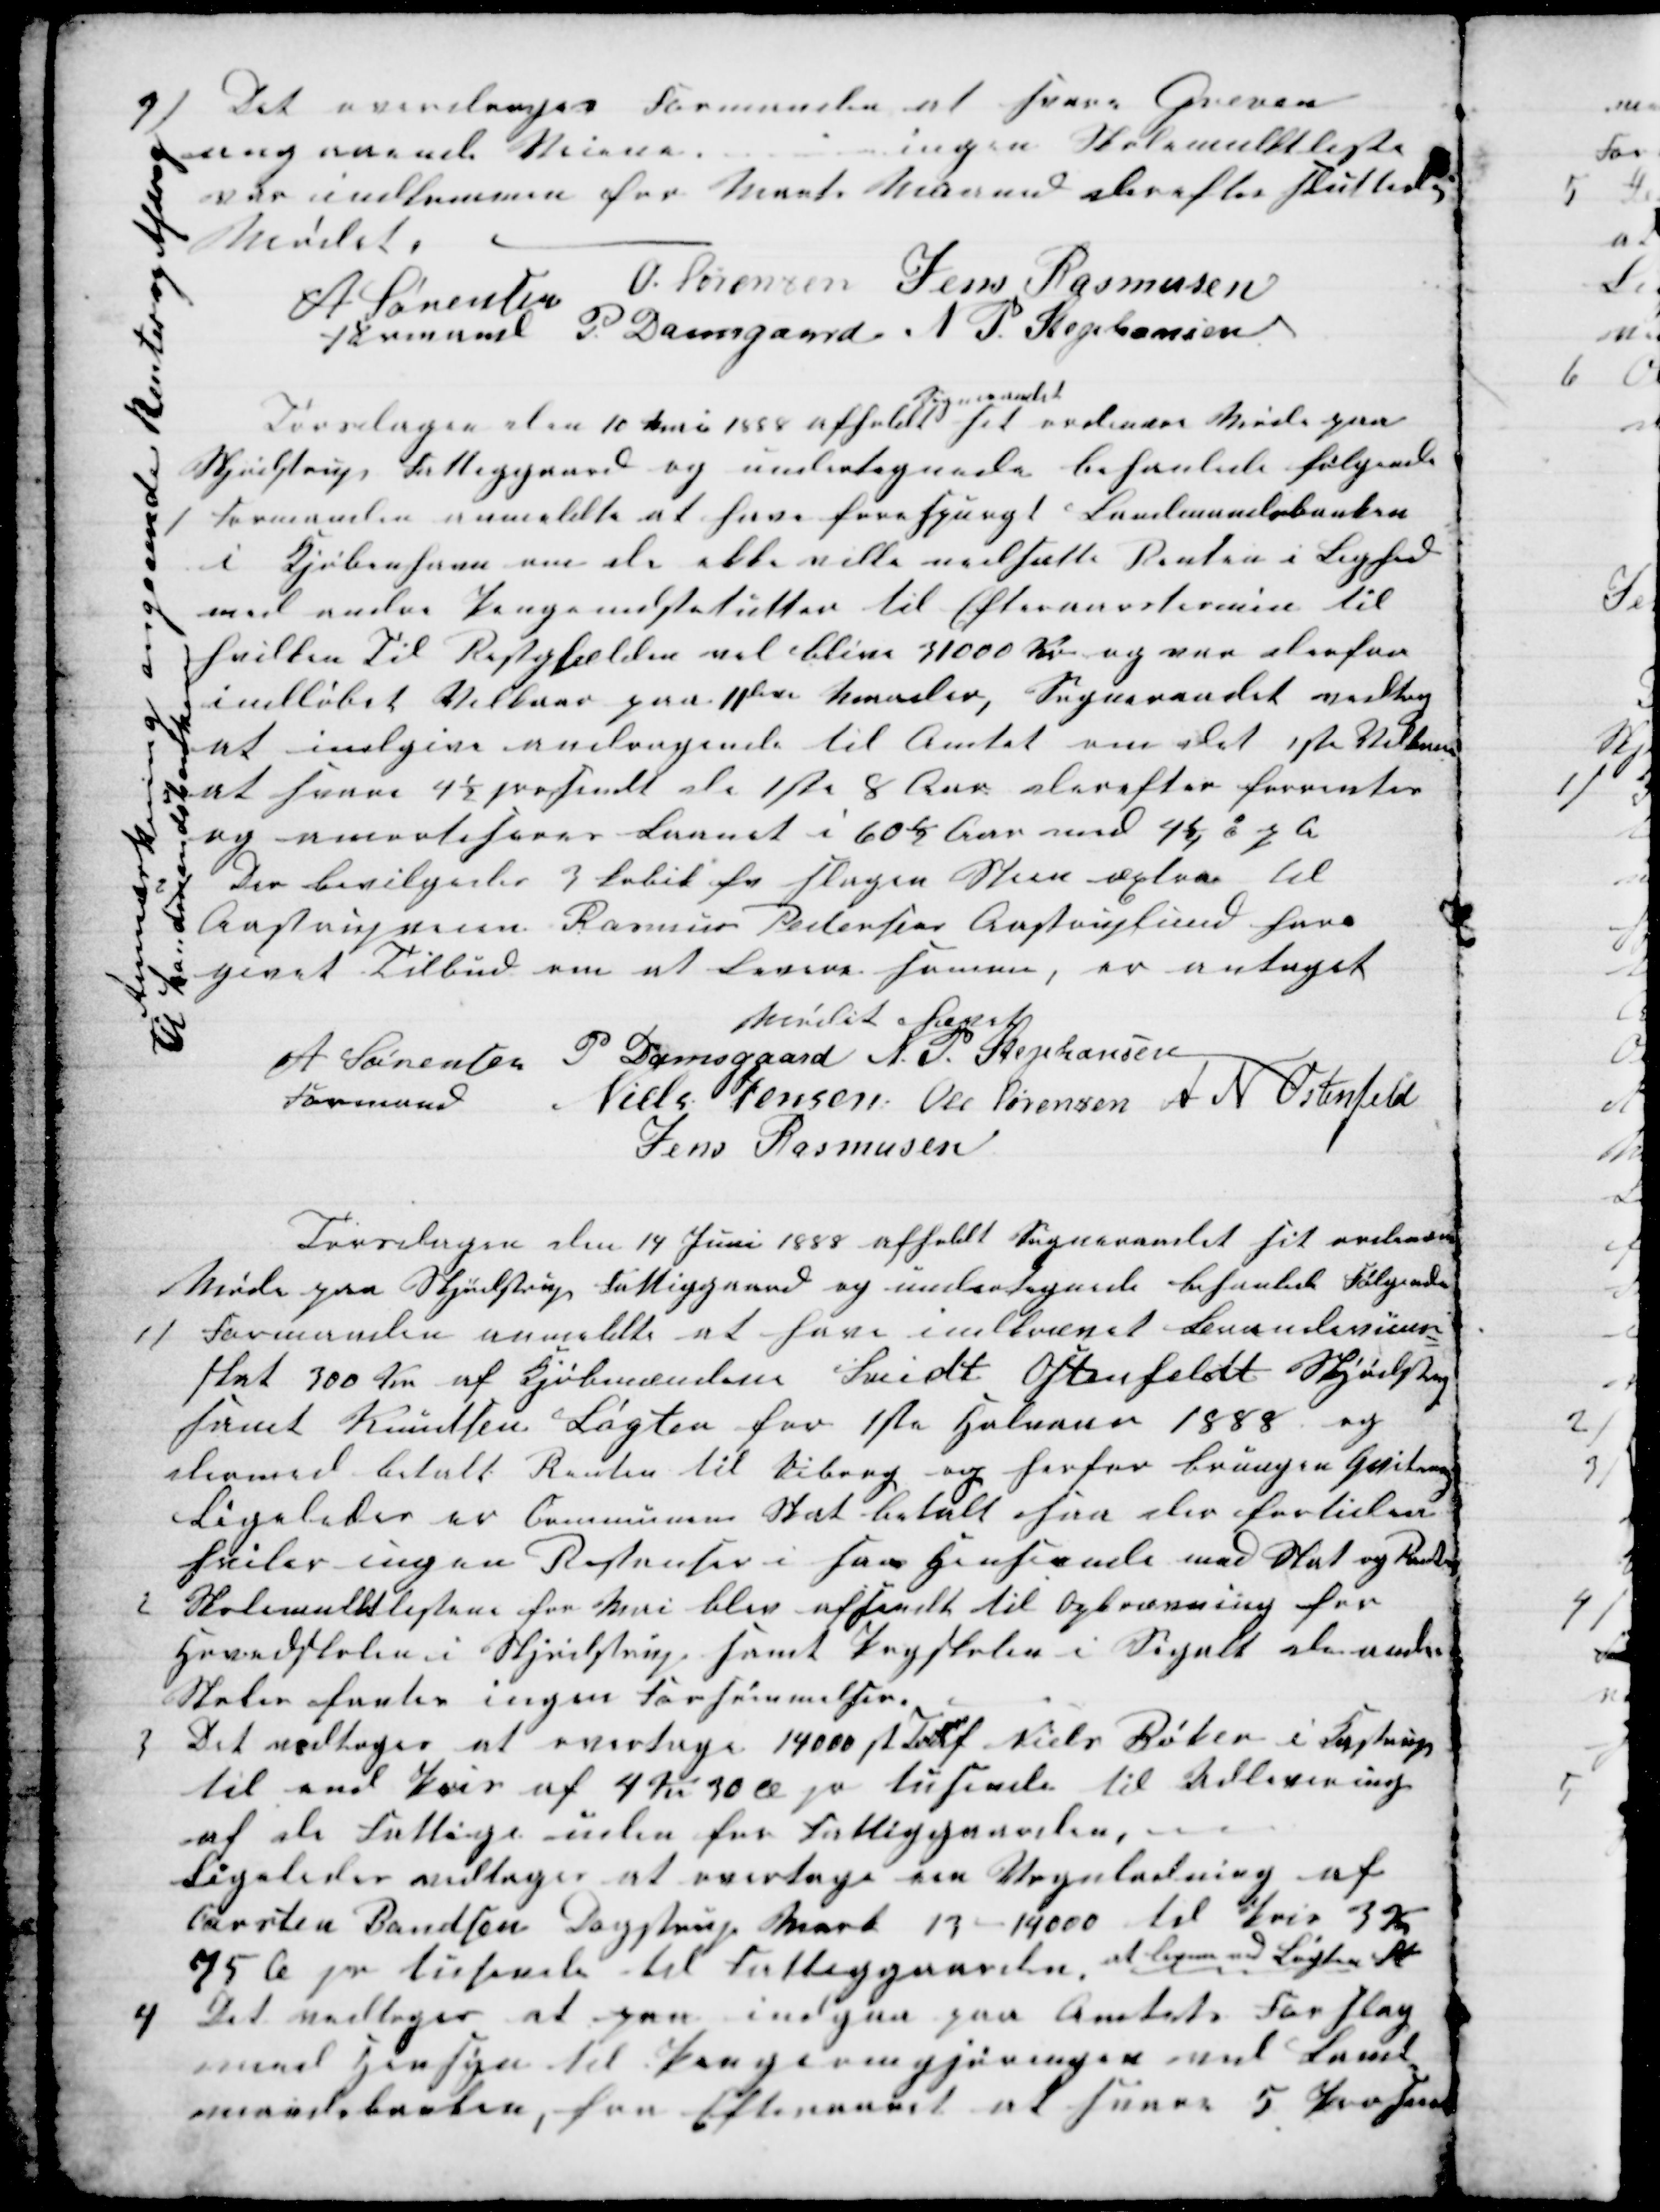
Transskription:
4) Det overdroges Formanden at svare Greven
angaaende Veiene
ingen Skolemulktliste
var indkommen for Marts Maaned derefter sluttede
Mødet
A Sørensen
Formand
O. Sørensen Jens Rasmusen
P. Damsgaard N P. Stephansen
Torsdagen den 10 Mai 1888 afholdt 
Sogneraadet
sit ordinære Møde paa
Skjødstrup Fattiggaard og undertegnende behanlede følgende
1 Formanden anmeldte at have forespurgt Landmandsbanken
i Kjøbenhavn om de ikke ville nedsætte Renten i Lighed
med andre Pengeinstitutter til Efteraarstermin til
hvilken Til Restgjælden vil blive 31000 Kr og var derfor
indløbet Vilkaar paa 11leve Maaneder, Sogneraadet vedtog
at indgive andragende til Amtet om det 1ste Vilkaar
at svare 4½ prosendt de 1ste 8 Aar. derefter forventes
og amortiseres Laanet i 60½ Aar med 4¼ % p A
2) Der bevilgedes 3 Kubik fv Slagen Steen æxtra til
Aastrupveien Rasmus Pedersen Aastruplund har
givet Tilbud om at levere samme, er antaget
Anmærkning angaaende Renter og Afdrag
Til Landmandsbanken
Mødet hævet
A Sørensen 
Formand
P. Damsgaard N. P. Stephansen
Niels Jensen Ole Sørensen A N Ostensfeld
Jens Rasmusen
Torsdagen den 14 Juni 1888 afholdt Sogneraadet sit ordinære
Møde fra Skjødstrup Fattiggaard og undertegnede behanlede Følgende
1) Formanden anmeldte at have indkrævet Brændevins-
skat 300 Kr. af Kjøbmændene Svidt Ostenfeldt Skjødstrup
samt Knudsen Løgten for 1ste Halvaar 1888 og
dermed betalt Renten til Viborg og herfor brungen Quitering
Ligeledes er Communens Skat betalt saa der fortiden
hviler ingen Restanser i saa Henseende med Skat og Renter
2 Skolemulklistene for Mai blev afsendt til Opkrævning hos
Grundskolen i Skjødstrup samt Pogskolen i Segalt de andre
Skoler fantes ingen Forsømmelser.
3 Det vedtoges at overtage 14000 st T af Niels Bøker i Kastrup
til end Pris af 4 Kr 30 Ø pr tusinde til Udlevering
af de Fattige uden for Fattiggaarden,
Ligeledes vedtoges at overtage een Vognladning af
Carsten Bandsen, Dagstrup Mark 13 - 14000 til Pris 3 Kr
75 Ø pr tusinde til Fattiggaarden, at levere ved Løgten St
4 Det vedtoges at paa indgaa paa Amtets Forslag
med Hensyn til Pengeomgjøringen ved Land-
mandsbanken, for Efteraaret at svare 5 Prosent